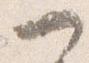
可